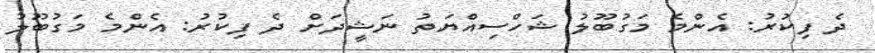
ދެ ފިކުރު: އެންމެ މަގުބޫލު ޝަހްސިއްޔަތު ނަޝީދަށް ދެ ފިކުރު: އެންމެ މަގުބޫލު